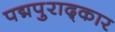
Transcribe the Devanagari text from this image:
पद्मपुराद्कार